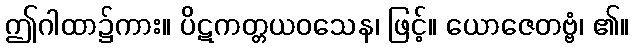
ဤဂါထာ၌ကား။ ပိဋကတ္တယဝသေန၊ ဖြင့်။ ယောဇေတဗ္ဗံ၊ ၏။